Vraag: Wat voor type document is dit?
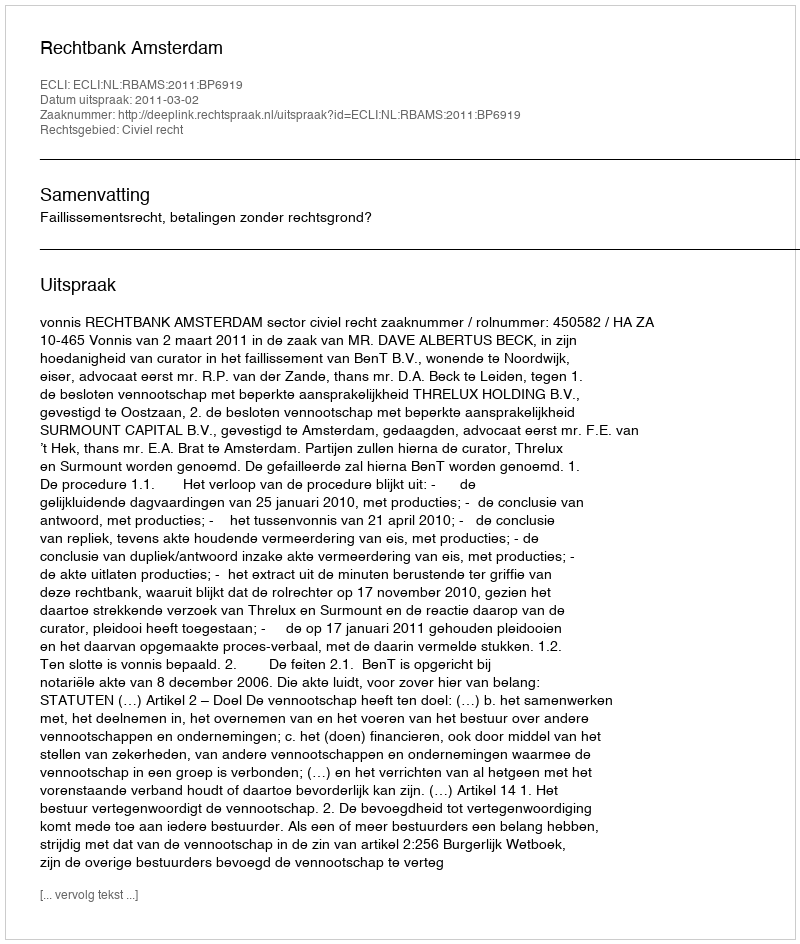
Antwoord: Uitspraak